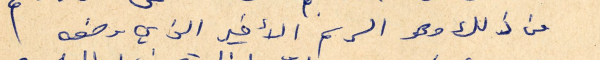
من ذلك وهو الرسم الأخير الذي وضعه